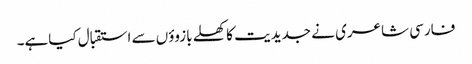
فارسی شاعری نے جدیدیت کا کھلے بازوؤں سے استقبال کیاہے۔